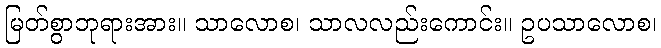
မြတ်စွာဘုရားအား။ သာလောစ၊ သာလလည်းကောင်း။ ဥပသာလောစ၊